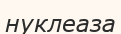
нуклеаза